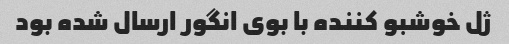
ژل خوشبو کننده با بوی انگور ارسال شده بود